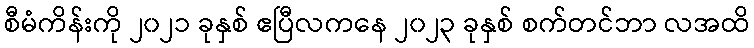
စီမံကိန်းကို ၂၀၂၁ ခုနှစ် ဧပြီလကနေ ၂၀၂၃ ခုနှစ် စက်တင်ဘာ လအထိ